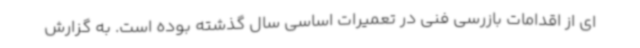
ای از اقدامات بازرسی فنی در تعمیرات اساسی سال گذشته بوده است. به گزارش